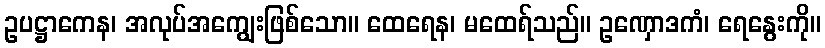
ဥပဋ္ဌာကေန၊ အလုပ်အကျွေးဖြစ်သော။ ထေရေန၊ မထေရ်သည်။ ဥဏှောဒကံ၊ ရေနွေးကို။